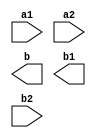
module Group3_Lab4(a1,a2,b,b1,b2);
input a1,a2,b2;
output b,b1;

endmodule